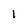
Character: I